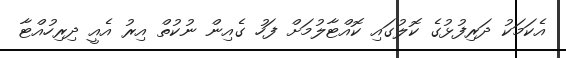
އެކަމަކު ދަރިފުޅުގެ ކޮލުގައި ކޮއްޓާލުމަށް ފަހު ގެއިން ނުކުތް އިރު އެއީ ދިރިހުއްޓާ